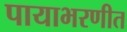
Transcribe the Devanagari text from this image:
पायाभरणीत